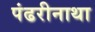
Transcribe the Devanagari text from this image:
पंढरीनाथा